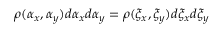
\rho ( \alpha _ { x } , \alpha _ { y } ) d \alpha _ { x } d \alpha _ { y } = \rho ( \xi _ { x } , \xi _ { y } ) d \xi _ { x } d \xi _ { y }